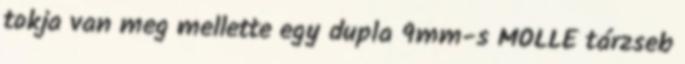
tokja van meg mellette egy dupla 9mm-s MOLLE tárzseb